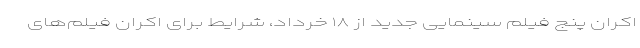
اکران پنج فیلم سینمایی جدید از ۱۸ خرداد، شرایط برای اکران فیلم‌های